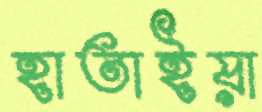
হাতাইয়া